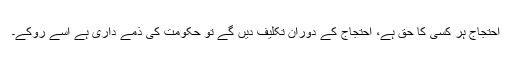
احتجاج ہر کسی کا حق ہے، احتجاج کے دوران تکلیف دیں گے تو حکومت کی ذمے داری ہے اسے روکے۔